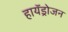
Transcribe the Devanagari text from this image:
हायॅड्रोजन